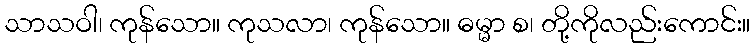
သာသဝါ၊ ကုန်သော။ ကုသလာ၊ ကုန်သော။ ဓမ္မာ စ၊ တို့ကိုလည်းကောင်း။